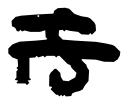
Text: is
Cross-out: double-line
Writing tool: digital_black